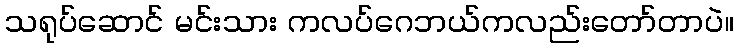
သရုပ်ဆောင် မင်းသား ကလပ်ဂေဘယ်ကလည်းတော်တာပဲ။